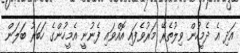
އަދި އެ ދެމީހުން ވިލުތެރޭ މަރުވެފައި އޮއްވައި ފެނުނީ އެމީހުންގެ ހަބަރު ބަލަން